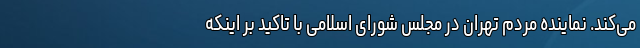
می‌کند. نماینده مردم تهران در مجلس شورای اسلامی با تاکید بر اینکه